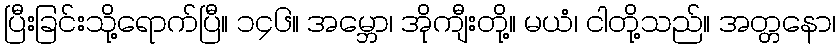
ပြီးခြင်းသို့ရောက်ပြီ။ ၁၄၆။ အမ္ဘော၊ အိုကျီးတို့။ မယံ၊ ငါတို့သည်။ အတ္တနော၊